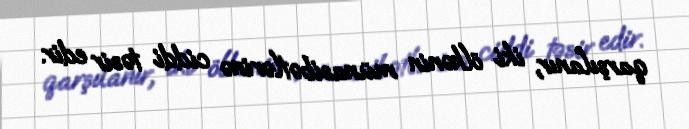
qarşılanır, iki ölkənin münasibətlərinə ciddi təsir edir.